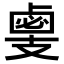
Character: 𢻛